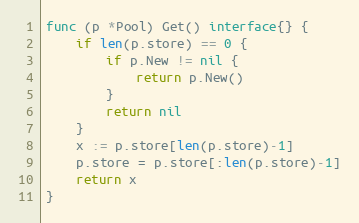
Language: Go
func (p *Pool) Get() interface{} {
	if len(p.store) == 0 {
		if p.New != nil {
			return p.New()
		}
		return nil
	}
	x := p.store[len(p.store)-1]
	p.store = p.store[:len(p.store)-1]
	return x
}